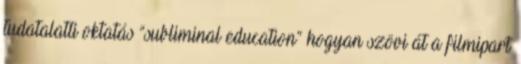
tudatalatti oktatás “subliminal education“ hogyan szövi át a filmipart